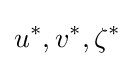
u^{*},v^{*},\zeta ^{*}